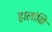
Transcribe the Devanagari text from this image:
हालांखि